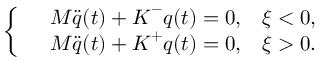
\left\lbrace \begin{array} { r l r } & { \boldsymbol { M } \ddot { \boldsymbol { q } } ( t ) + \boldsymbol { K } ^ { - } \boldsymbol { q } ( t ) = \boldsymbol { 0 } , } & { \xi < 0 , } \\ & { \boldsymbol { M } \ddot { \boldsymbol { q } } ( t ) + \boldsymbol { K } ^ { + } \boldsymbol { q } ( t ) = \boldsymbol { 0 } , } & { \xi > 0 . } \end{array} \right.